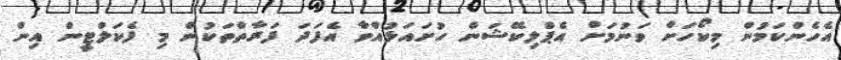
އެހެންކަމުން މިކޯހަށް ވަނުމަށް އެޕްލިކޭޝަން ހުށައަޅުއްވާ އެފަދަ ފަރާތްތަކުން މި ފެކަލްޓީން އިން